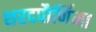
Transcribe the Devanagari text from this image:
शरदपौर्णिमा